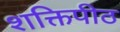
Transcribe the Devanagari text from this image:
शक्तिपीठ